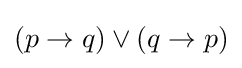
(p\rightarrow q)\lor (q\rightarrow p)